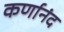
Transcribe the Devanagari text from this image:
कर्णानंद